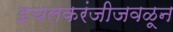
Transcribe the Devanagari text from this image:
इचलकरंजीजवळून